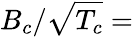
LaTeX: B_{c}/\sqrt{T_{c}}=